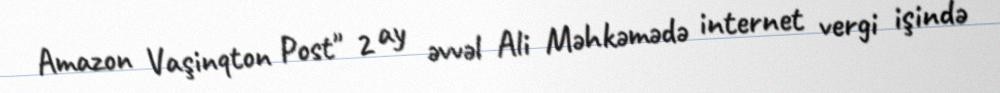
Amazon Vaşinqton Post" 2 ay əvvəl Ali Məhkəmədə internet vergi işində